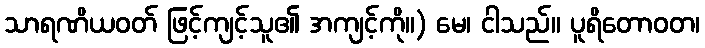
သာရဏိယဝတ် ဖြင့်ကျင့်သူ၏ အကျင့်ကို။) မေ၊ ငါသည်။ ပူရိတောဝတ၊